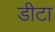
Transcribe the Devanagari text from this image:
डीटा